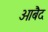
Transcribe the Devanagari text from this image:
ओबैद